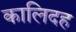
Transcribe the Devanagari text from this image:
कालिदह